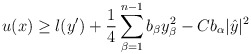
\begin{align*}u (x) \geq l (y') + \frac{1}{4} \sum_{\beta=1}^{n-1} b_\beta y_\beta^2 - C b_\alpha |\hat{y}|^2\end{align*}